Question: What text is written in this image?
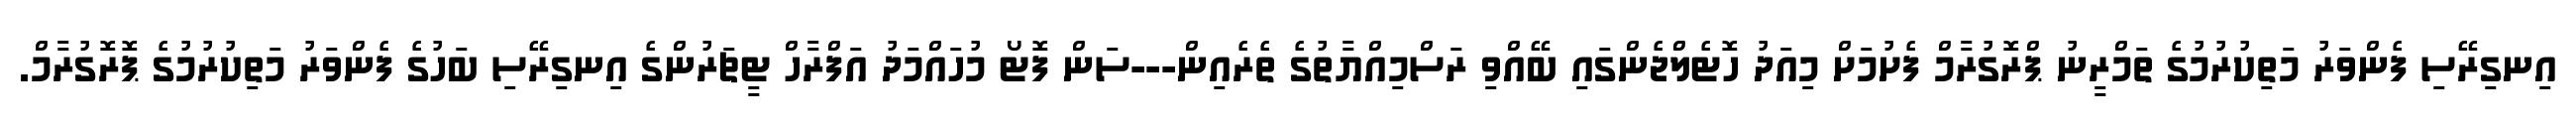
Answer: އިނގިރޭސި ފެންވަރު މަތިކުރުމުގެ ތަމްރީނު ޕްރޮގުރާމް ފެށުމަށް މިއަދު ހޮޓެލްޖެންގައި ބޭއްވި ރަސްމިއްޔާތުގެ ތެރެއިން---ސަން ފޮޓޯ މުހައްމަދު އަފްރާހް ޓީޗަރުންގެ އިނގިރޭސި ބަހުގެ ފެންވަރު މަތިކުރުމުގެ ޕޮރޮގުރާމް.